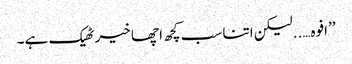
’’افوہ…..لیکن اتنا سب کچھ اچھا خیر ٹھیک ہے۔